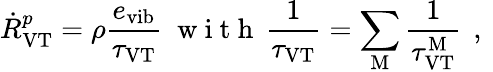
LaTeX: {\dot{R}}_{\mathrm{VT}}^{p}=\rho\frac{e_{\mathrm{vib}}}{\tau_{\mathrm{VT}}}\; \mathrm{~w~i~t~h~}\, \frac{1}{\tau_{\mathrm{VT}}}=\sum_{\mathrm{M}}\frac{1}{\tau_{\mathrm{VT}}^{\mathrm{M}}}\, \mathrm{~,~}